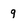
Character: q